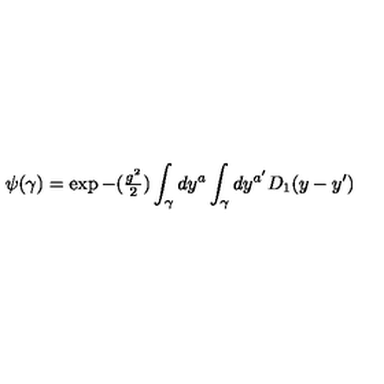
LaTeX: \psi ( \gamma ) = \exp { - ( { \textstyle { \frac { g ^ { 2 } } { 2 } } } ) \int _ { \gamma } d y ^ { a } \int _ { \gamma } d y ^ { a ^ { \prime } } D _ { 1 } ( y - y ^ { \prime } ) }